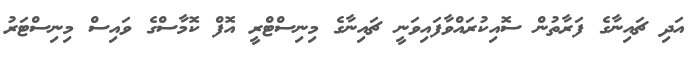
އަދި ޗައިނާގެ ފަރާތުން ސޮއިކުރައްވާފައިވަނީ ޗައިނާގެ މިނިސްޓްރީ އޮފް ކޮމާސްގެ ވައިސް މިނިސްޓަރު